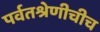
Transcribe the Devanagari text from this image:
पर्वतश्रेणीचीच